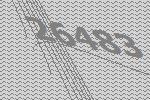
26483